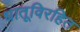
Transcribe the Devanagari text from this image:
धातूविरहित